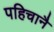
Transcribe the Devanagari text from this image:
पहिचानै